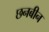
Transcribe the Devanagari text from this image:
छनबीन